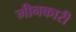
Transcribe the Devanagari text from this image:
मीनकारी